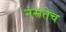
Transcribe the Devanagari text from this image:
नसतेच